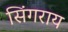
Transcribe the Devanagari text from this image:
सिंगराय